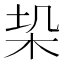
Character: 𭩥